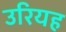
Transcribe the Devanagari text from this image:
उरियह